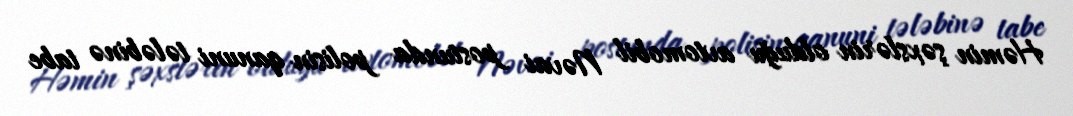
Həmin şəxslərin olduğu avtomobil Nəvai postunda polisin qanuni tələbinə tabe